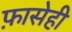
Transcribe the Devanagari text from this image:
फ़ासेही